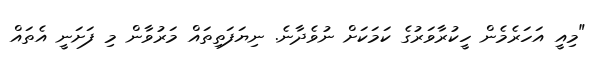
"މިއީ އަހަރެމެން ހީކުރާވަރުގެ ކަމަކަށް ނުވެދާނެ. ނިޔަފަތިތައް މަރުވާން މި ފަށަނީ އެތައް